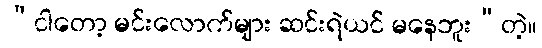
“ငါတော့ မင်းလောက်များ ဆင်းရဲယင် မနေဘူး”တဲ့။